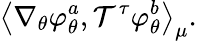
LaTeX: \left\langle\nabla_{\theta}\varphi_{\theta}^{a},\mathcal{T}^{\tau}\varphi_{\theta}^{b}\right\rangle_{\mu}.